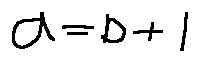
a = b + 1